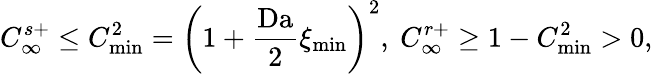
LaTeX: C_{\infty}^{s+}\leq C_{\operatorname*{min}}^{2}=\left(1+\frac{\mathrm{Da}}{2}\xi_{\mathrm{min}}\right)^{2},\ C_{\infty}^{r+}\geq 1-C_{\operatorname*{min}}^{2}>0,